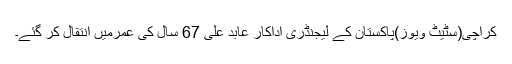
کراچی(سٹیٹ ویوز)پاکستان کے لیجنڈری اداکار عابد علی 67 سال کی عمرمیں انتقال کر گئے۔